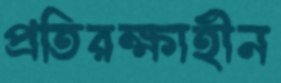
প্রতিরক্ষাহীন